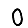
Digit: 0